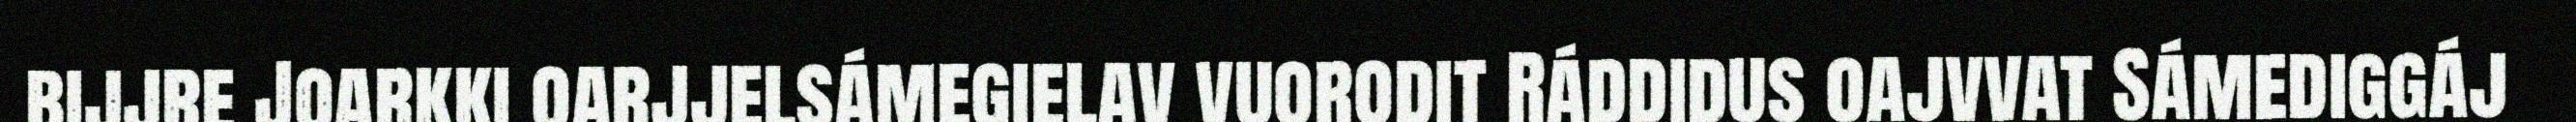
bijjre Joarkki oarjjelsámegielav vuorodit Ráddidus oajvvat Sámediggáj